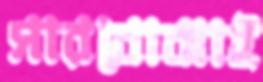
সারবোঝাই